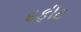
૬ફીટ